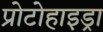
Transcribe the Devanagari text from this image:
प्रोटोहाइड्रा